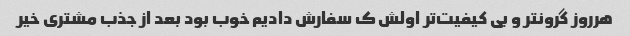
هرروز گرونتر و بی کیفیت‌تر اولش ک سفارش دادیم خوب بود بعد از جذب مشتری خیر